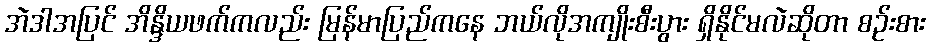
အဲဒါအပြင် အိန္ဒိယဖက်ကလည်း မြန်မာပြည်ကနေ ဘယ်လိုအကျိုးစီးပွား ရှိနိုင်မလဲဆိုတာ စဉ်းစား